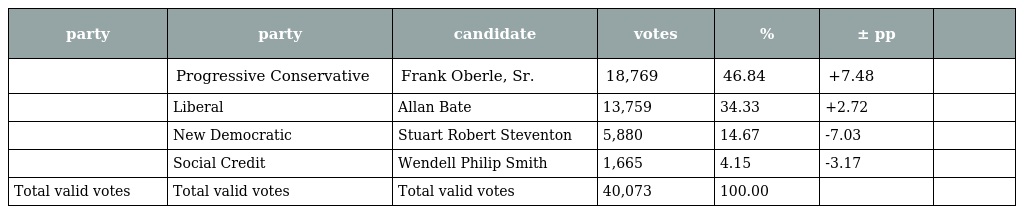
| party | party | candidate | votes | % | ± pp |  |
 | --- | --- | --- | --- | --- | --- | --- |
 |  | Progressive Conservative | Frank Oberle, Sr. | 18,769 | 46.84 | +7.48 |  |
 |  | Liberal | Allan Bate | 13,759 | 34.33 | +2.72 |  |
 |  | New Democratic | Stuart Robert Steventon | 5,880 | 14.67 | -7.03 |  |
 |  | Social Credit | Wendell Philip Smith | 1,665 | 4.15 | -3.17 |  |
 | Total valid votes | Total valid votes | Total valid votes | 40,073 | 100.00 |  |  |